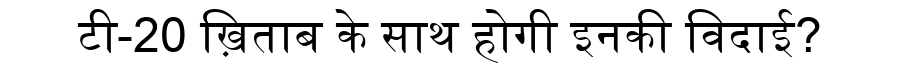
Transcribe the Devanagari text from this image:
टी-20 ख़िताब के साथ होगी इनकी विदाई?